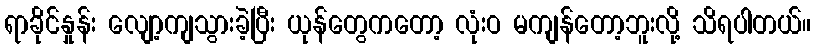
ရာခိုင်နှုန်း လျော့ကျသွားခဲ့ပြီး ယုန်တွေကတော့ လုံးဝ မကျန်တော့ဘူးလို့ သိရပါတယ်။